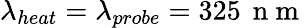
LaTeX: \lambda_{heat}=\lambda_{probe}=325\, \mathrm{~n~m~}